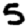
Digit: 5